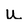
Character: u